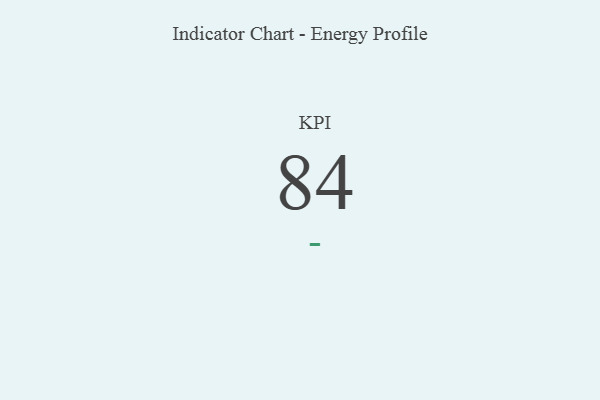
{"axis": {"x": "KPI", "y": "Value"}, "legend": [""], "data": [{"x": "KPI", "y": 84, "type": ""}]}